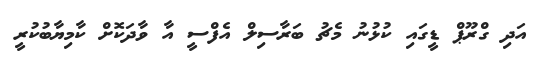
އަދި ގްރޫޕް ޑީގައި ކުޅުނު މެޗު ބަރާސިލް އެފްސީ އާ ވާދަކޮށް ކާމިޔާބުކުރީ